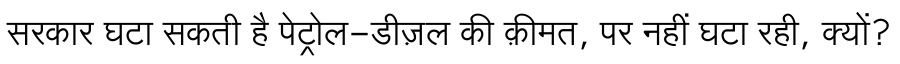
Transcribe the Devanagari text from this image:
सरकार घटा सकती है पेट्रोल-डीज़ल की क़ीमत, पर नहीं घटा रही, क्यों?